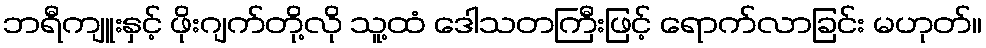
ဘရီကျူးနှင့် ဖိုးဂျက်တို့လို သူ့ထံ ဒေါသတကြီးဖြင့် ရောက်လာခြင်း မဟုတ်။